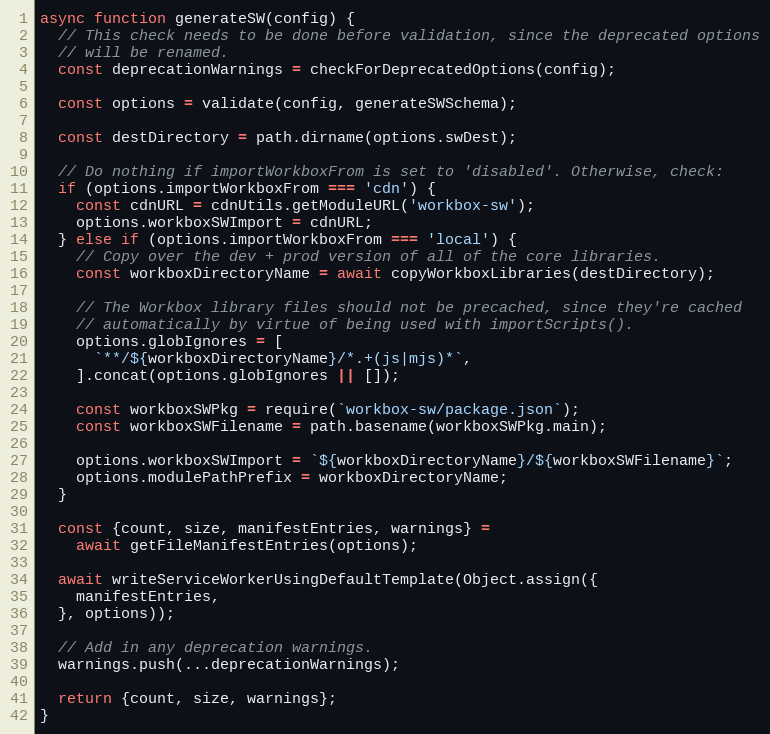
Language: JavaScript
async function generateSW(config) {
  // This check needs to be done before validation, since the deprecated options
  // will be renamed.
  const deprecationWarnings = checkForDeprecatedOptions(config);

  const options = validate(config, generateSWSchema);

  const destDirectory = path.dirname(options.swDest);

  // Do nothing if importWorkboxFrom is set to 'disabled'. Otherwise, check:
  if (options.importWorkboxFrom === 'cdn') {
    const cdnURL = cdnUtils.getModuleURL('workbox-sw');
    options.workboxSWImport = cdnURL;
  } else if (options.importWorkboxFrom === 'local') {
    // Copy over the dev + prod version of all of the core libraries.
    const workboxDirectoryName = await copyWorkboxLibraries(destDirectory);

    // The Workbox library files should not be precached, since they're cached
    // automatically by virtue of being used with importScripts().
    options.globIgnores = [
      `**/${workboxDirectoryName}/*.+(js|mjs)*`,
    ].concat(options.globIgnores || []);

    const workboxSWPkg = require(`workbox-sw/package.json`);
    const workboxSWFilename = path.basename(workboxSWPkg.main);

    options.workboxSWImport = `${workboxDirectoryName}/${workboxSWFilename}`;
    options.modulePathPrefix = workboxDirectoryName;
  }

  const {count, size, manifestEntries, warnings} =
    await getFileManifestEntries(options);

  await writeServiceWorkerUsingDefaultTemplate(Object.assign({
    manifestEntries,
  }, options));

  // Add in any deprecation warnings.
  warnings.push(...deprecationWarnings);

  return {count, size, warnings};
}